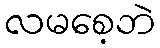
လမစေ့ဘဲ